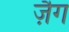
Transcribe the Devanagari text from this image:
ज़ैग